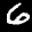
Label: 6